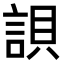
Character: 𧧾